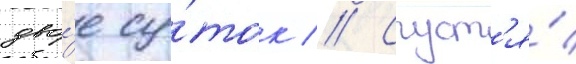
дво́е су́ток // Спуст'я́